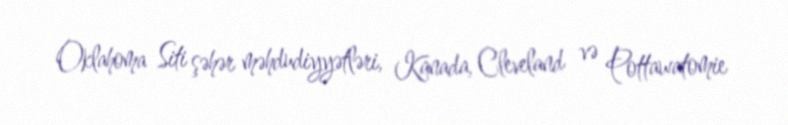
Oklahoma Siti şəhər məhdudiyyətləri, Kanada, Cleveland və Pottawatomie